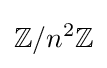
\mathbb {Z} /n^{2}\mathbb {Z}